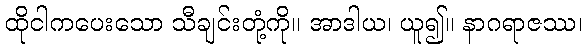
ထိုငါကပေးသော သီချင်းတုံ့ကို။ အာဒါယ၊ ယူ၍။ နာဂရာဇဿ၊